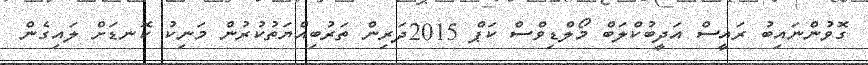
ގޮވުންނައިބު ރައީސް އަދީބުކްލަބް މޯލްޑިވްސް ކަޕް 2015ދަރިން ތަރުބިއްޔަތުކުރުން މަނިކު ކޮނޑަށް ލައިގެން